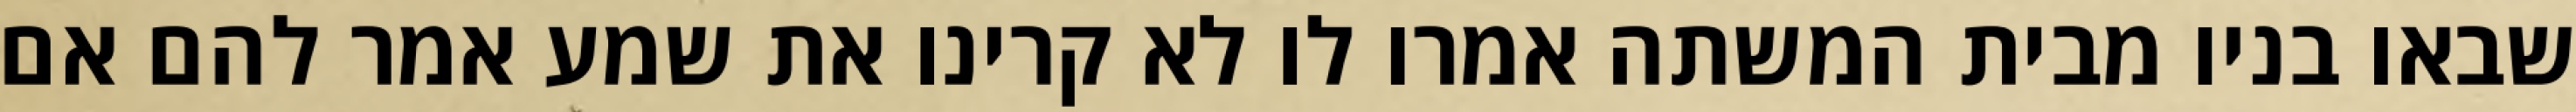
שבאו בניו מבית המשתה אמרו לו לא קרינו את שמע אמר להם אם